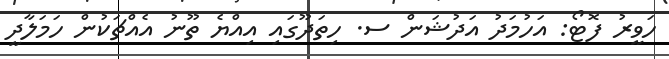
ހަވީރު ފޮޓޯ: އަހުމަދު އަދުޝަން ސ. ހިތަދޫގައި އިއްޔެ ތޫނު އެއްޗަކުން ހަމަލާދީ